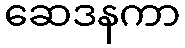
ဆေဒနကာ